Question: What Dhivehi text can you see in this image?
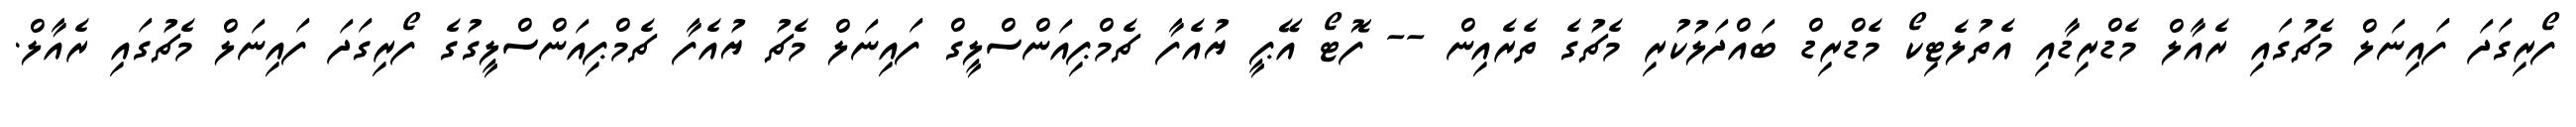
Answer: ފޯރިގަދަ ފައިނަލް މެޗުގައި ރެއާލް މެޑްރިޑާއި އެތުލެޓިކޯ މެޑްރިޑް ބައްދަލުކުރި މެޗުގެ ތެރެއިން -- ފޮޓޯ އޭޕީ ޔުއެފާ ޗެމްޕިއަންސްލީގް ފައިނަލް މެޗު ޔުއެފާ ޗެމްޕިއަންސްލީގުގެ ފޯރިގަދަ ފައިނަލް މެޗުގައި ރެއާލް.